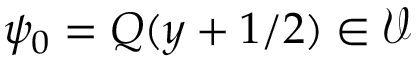
\psi _ { 0 } = Q ( y + 1 / 2 ) \in \mathcal { V }